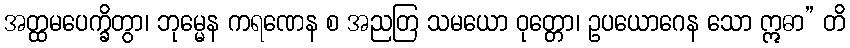
အတ္ထမပေက္ခိတွာ၊ ဘုမ္မေန ကရဏေန စ အညတြ သမယော ဝုတ္တော၊ ဥပယောဂေန သော ဣဓာ” တိ